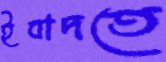
ইবাদতে